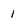
Character: 1